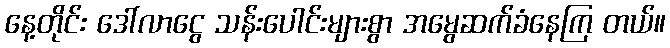
နေ့တိုင်း ဒေါ်လာငွေ သန်းပေါင်းများစွာ အမွေဆက်ခံနေကြ တယ်။